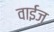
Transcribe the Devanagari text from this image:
वाईज़